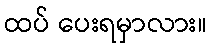
ထပ် ပေးရမှာလား။